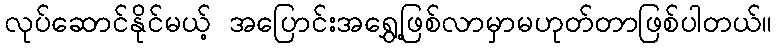
လုပ်ဆောင်နိုင်မယ့် အပြောင်းအရွှေ့ဖြစ်လာမှာမဟုတ်တာဖြစ်ပါတယ်။